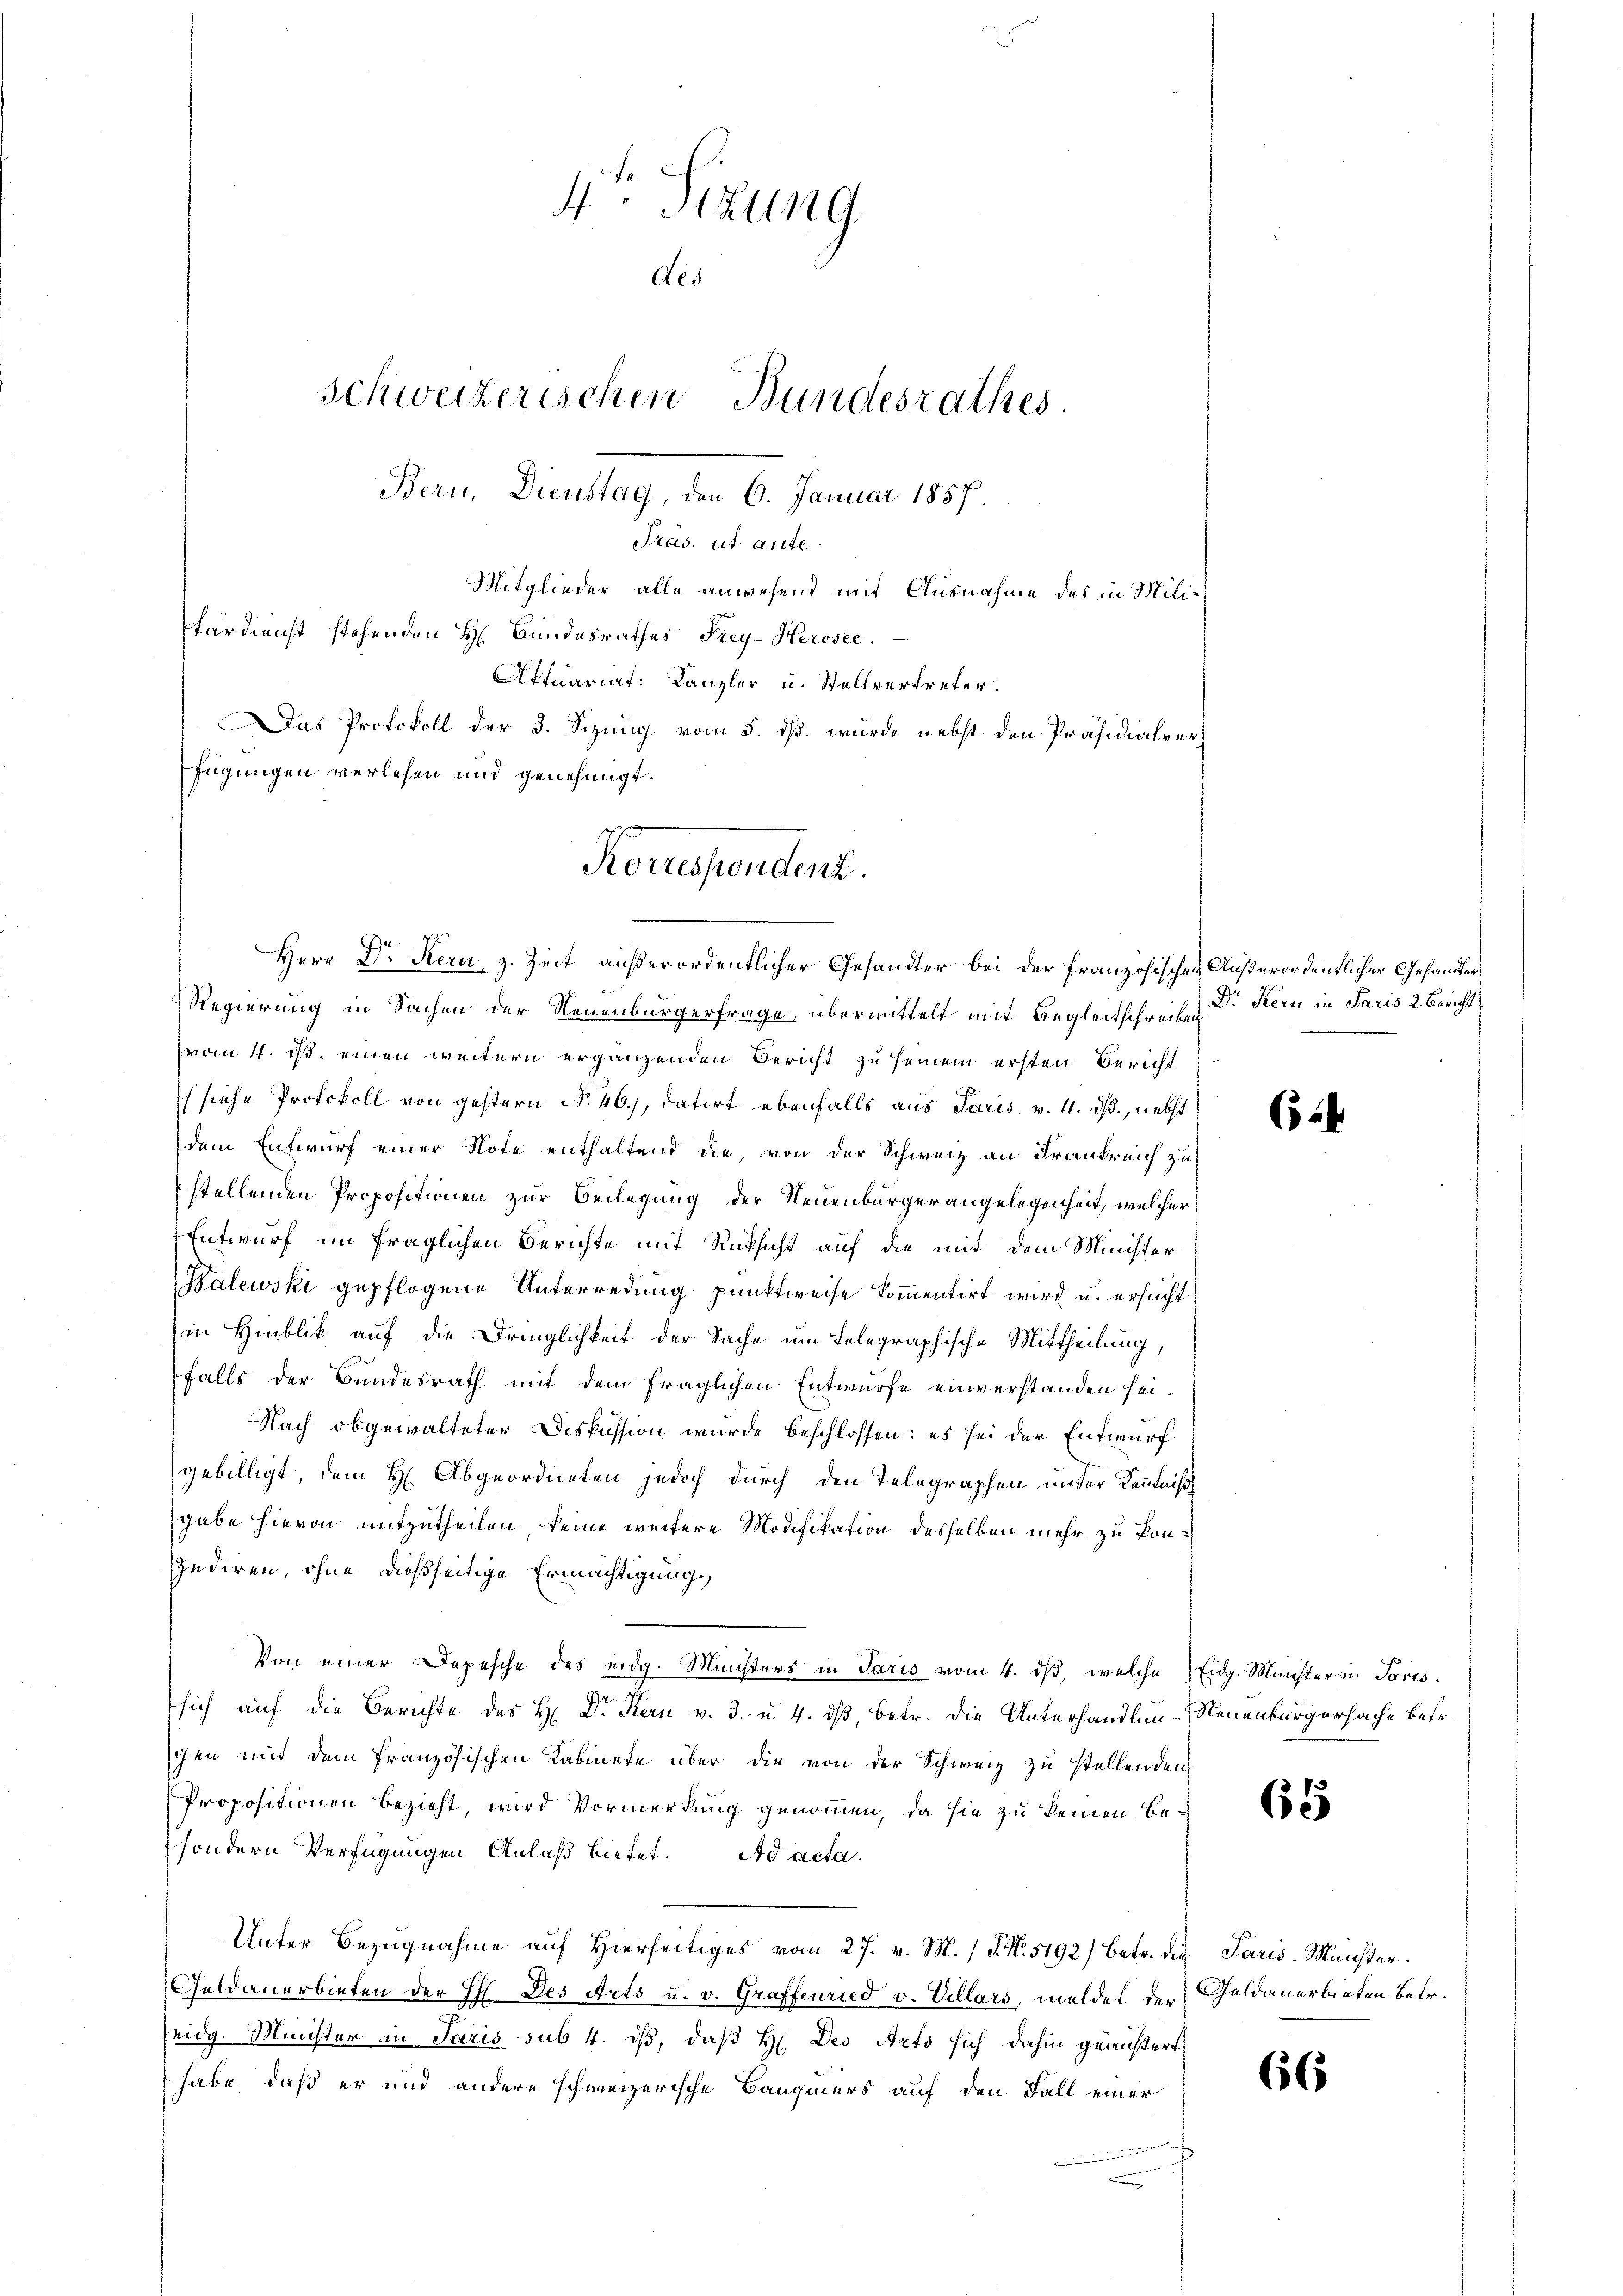
4.- Sizung
Aes
schweizerischen Bundesrathes.
Bern, Dienstag, den 6. Januar 1857.
Tras, ut aute
Mitglieder alle anwesend mit Ausnahme des in Militärdienst stehenden H. Bundesrathes Frey- Herosee.
Aftuariaf: Kanzler u. Stellvertreter.
Das Protokoll der 3. Sizung vom 5. ds. wurde nebst den Präsidialver
fügungen verlesen und genehmigt.
Korrespondert.

Herr Dr Kern, z. Zeit außerordentlicher Gesandter bei der Französischen Außerordentlicher Gesandtens
Regierung in Sachen der Neuenburgerfrage, übermittelt mit Begleitschreiben
vom 4. ds. einen weitern ergänzenden Bericht zu seinem ersten Bericht
suche Protokoll von gestern No 46), datirt ebenfalls aus Paris v. 4. ds., nebst
dem Entwurf einer Note enthaltend die, von der Schweiz an Frankreich zu
stellenden Propositionen zur Beilegung der Neuenburger angelegenheit, welcher
Entwurf im fraglichen Berichte mit Rüksicht auf die mit dem Minister
Balewski gepflogene Unterredung punktweise kommentirt wird u. ersucht
in Hinblick auf die Dringlichkeit der Sache um Tolegraphische Mittheilung,
falls der Bundesrath mit dem fraglichen Entwurfe einverstanden sei¬
Nach obgewalteter Diskussion wurde beschlossen: es sei der Entwurf
gebilligt, dem H. Abgeordneten jedoch durch den Telegraphen unter Kenntniß
gabe hievon mitzutheilen keine weitere Modifikation desselben mehr zu kon¬
Gudiren, ohne dießseitige Ermächtigung,
Von einer Depesche des eidg. Ministers in Paris vom 4. ds, welche Eidg. Münster in Paris.
sich auf die Berichte des H. Dr. Kern v. 3. u. 4. ds, betr. die Unterhandlun-Neuenburgersache betr.
schen mit dem französischen Kabinete über die von der Schweiz zu stellenden
Propositionen bezieht, wird Vormerkung genommen, da sie zu keinen Besondern Verfügungen Anlaß bietet. Ad acta.
Unter Bezugnahme auf Hierseitiges vom 27. v. M. / P. N. 5192) betr. die Paris-Münster.
Geldauerbieten der H. Des Orts u. v. Graffenried v. Villars, meldet der Geldauerbieten betr.
eidg. Minister in Paris sub 4. dß, daß H. Des Arto sich dahin geäußert
habe, daß er und andere schweizerische Baugmers auf den Fall einer
s
n

Dr Kern in Paris 2 Bracht

624

61

66